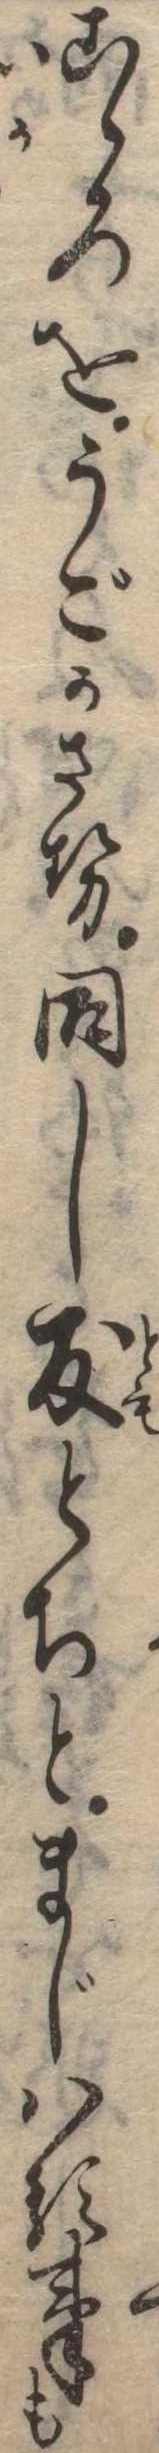
こゝろをうごかさせ同し友とちとまじはる事も